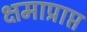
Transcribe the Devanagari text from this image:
क्षमाप्राप्त